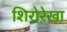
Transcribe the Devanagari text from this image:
शिरोरे़खा